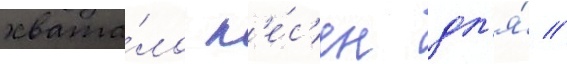
хвата́ло п'е́с'ен дл'я́ //